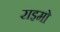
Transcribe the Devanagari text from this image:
राइमो